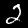
Label: 2